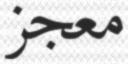
معجز